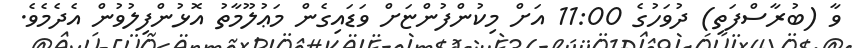
ވާ (ބުރާސްފަތި) ދުވަހުގެ 11:00 އަށް މިކުންފުންޏަށް ވަޑައިގެން މަޢުލޫމާތު އޮޅުންފިލުވުން އެދެމެވެ.